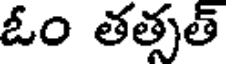
ఓం తత్సత్